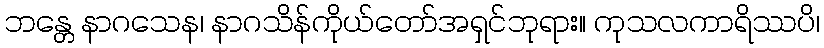
ဘန္တေ နာဂသေန၊ နာဂသိန်ကိုယ်တော်အရှင်ဘုရား။ ကုသလကာရိဿပိ၊